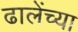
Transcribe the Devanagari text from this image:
ढालेंच्या